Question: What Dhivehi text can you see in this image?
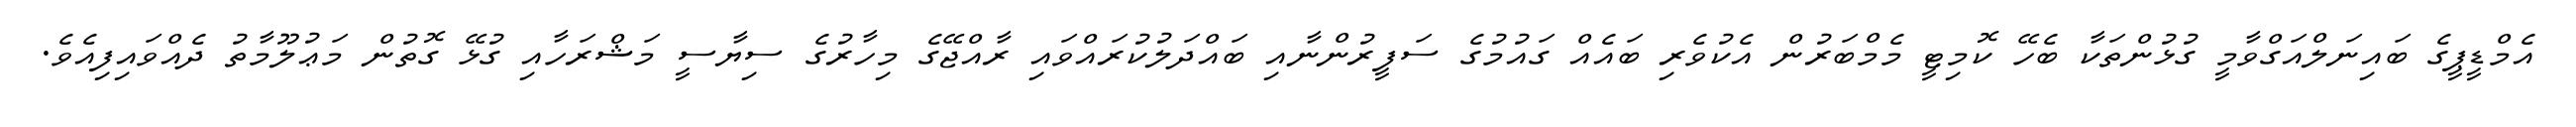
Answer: އެމްޑީޕީގެ ބައިނަލްއަގްވާމީ ގުޅުންތަކާ ބެހޭ ކޮމިޓީ މެމްބަރުން އެކުވެރި ބައެއް ގައުމުގެ ސަފީރުންނާއި ބައްދަލުކުރައްވައި ރާއްޖޭގެ މިހާރުގެ ސިޔާސީ މަޝްރަހާއި ގުޅޭ ގޮތުން މަޢުލޫމާތު ދެއްވައިފިއެވެ.